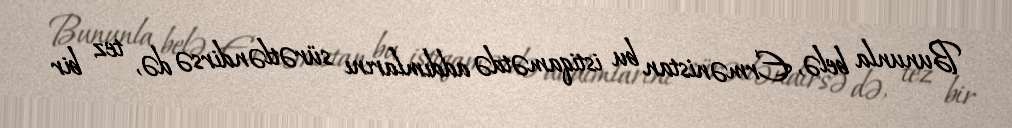
Bununla belə, Ermənistan bu istiqamətdə addımlarını sürətləndirsə də, tez bir